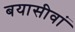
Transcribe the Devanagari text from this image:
बयासीवां